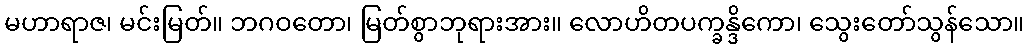
မဟာရာဇ၊ မင်းမြတ်။ ဘဂဝတော၊ မြတ်စွာဘုရားအား။ လောဟိတပက္ခန္ဒိကော၊ သွေးတော်သွန်သော။